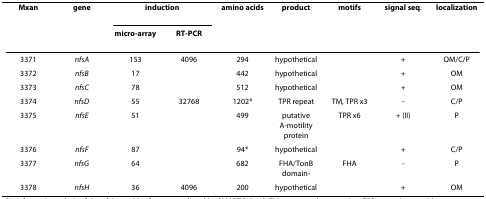
<table><thead><tr><td><b>Mxan</b></td><td><b>gene</b></td><td colspan="2"><b>induction</b></td><td><b>amino acids</b></td><td><b>product</b></td><td><b>motifs</b></td><td><b>signal seq.</b></td><td><b>localization</b></td></tr><tr><td></td><td></td><td><b>micro-array</b></td><td><b>RT-PCR</b></td><td></td><td></td><td></td><td></td><td></td></tr></thead><tbody><tr><td>3371</td><td><i>nfsA</i></td><td>153</td><td>4096</td><td>294</td><td>hypothetical</td><td></td><td>+</td><td>OM/C/P</td></tr><tr><td>3372</td><td><i>nfsB</i></td><td>17</td><td></td><td>442</td><td>hypothetical</td><td></td><td>+</td><td>OM</td></tr><tr><td>3373</td><td><i>nfsC</i></td><td>78</td><td></td><td>512</td><td>hypothetical</td><td></td><td>+</td><td>OM</td></tr><tr><td>3374</td><td><i>nfsD</i></td><td>55</td><td>32768</td><td>1202*</td><td>TPR repeat</td><td>TM, TPR x3</td><td>-</td><td>C/P</td></tr><tr><td>3375</td><td><i>nfsE</i></td><td>51</td><td></td><td>499</td><td>putative A-motility protein</td><td>TPR x6</td><td>+ (II)</td><td>P</td></tr><tr><td>3376</td><td><i>nfsF</i></td><td>87</td><td></td><td>94*</td><td>hypothetical</td><td></td><td>+</td><td>C/P</td></tr><tr><td>3377</td><td><i>nfsG</i></td><td>64</td><td></td><td>682</td><td>FHA/TonB domain-</td><td>FHA</td><td>-</td><td>P</td></tr><tr><td>3378</td><td><i>nfsH</i></td><td>36</td><td>4096</td><td>200</td><td>hypothetical</td><td></td><td>+</td><td>OM</td></tr></tbody></table>